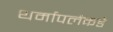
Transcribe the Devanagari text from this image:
थर्मापलैकडे